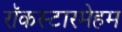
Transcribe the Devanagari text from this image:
रॉकस्टारमेहम